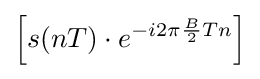
\left[s(nT)\cdot e^{-i2\pi {\frac {B}{2}}Tn}\right]